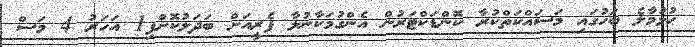
ހުޅުމާލެ ބަހުގައި މަސައްކަތްކުރާ ކޮންޑަކްޓަރުން އެންގުމަކާނުލާ ފެރީއަށް ބަދަލުކޮށްފި1 އަހަރު 4 މަސް